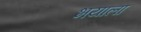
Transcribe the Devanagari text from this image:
भयाला